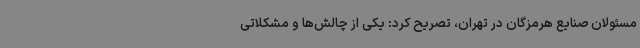
مسئولان صنایع هرمزگان در تهران، تصریح کرد: یکی از چالش‌ها و مشکلاتی